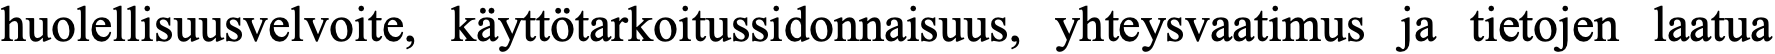
huolellisuusvelvoite, käyttötarkoitussidonnaisuus, yhteysvaatimus ja tietojen laatua